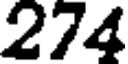
274